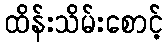
ထိန်းသိမ်းစောင့်